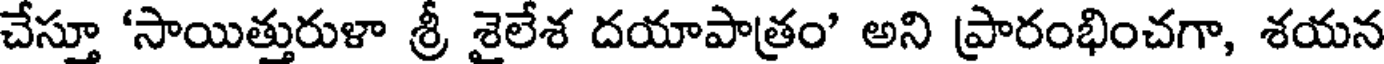
చేస్తూ 'సాయిత్తురుళా శ్రీ శైలేశ దయాపాత్రం' అని ప్రారంభించగా, శయన